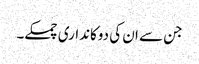
جن سے ان کی دوکانداری چمکے۔